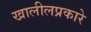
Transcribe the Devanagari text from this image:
खालीलप्रकारे